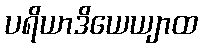
ပရိယာဒိယေယျာထ